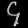
Digit: ၄